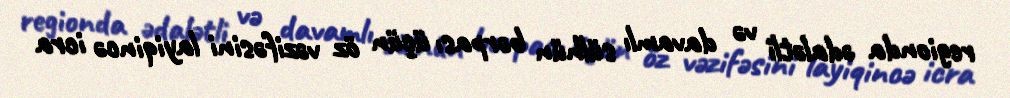
regionda ədalətli və davamlı sülhün bərpası üçün öz vəzifəsini layiqincə icra